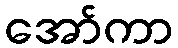
အော်ကာ